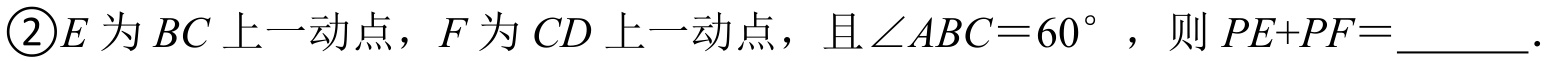
\textcircled{2}\(E\)为\(BC\)上一动点，\(F\)为\(CD\)上一动点，且\(\angle ABC = 60^{\circ}\)，则\(PE + PF=\)_______．